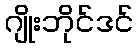
ဂျိုးဘိုင်ဒင်